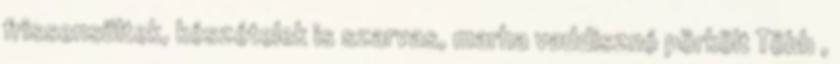
frissensültek, készételek is szarvas, marha vaddisznó pörkölt Több ,